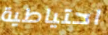
احتياطية